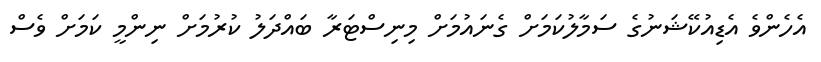
އެހެންވެ އެޑިއުކޭޝަނުގެ ސަމާލުކަމަށް ގެނައުމަށް މިނިސްޓަރާ ބައްދަލު ކުރުމަށް ނިންމީ ކަމަށް ވެސް